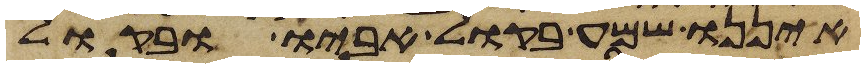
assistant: איננו שמע בקול אביו ובקול